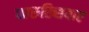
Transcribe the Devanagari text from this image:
फारूख्सियार